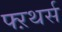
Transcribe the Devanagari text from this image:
फ्ऱथर्स